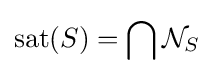
\operatorname {sat} (S)=\bigcap {\mathcal {N}}_{S}